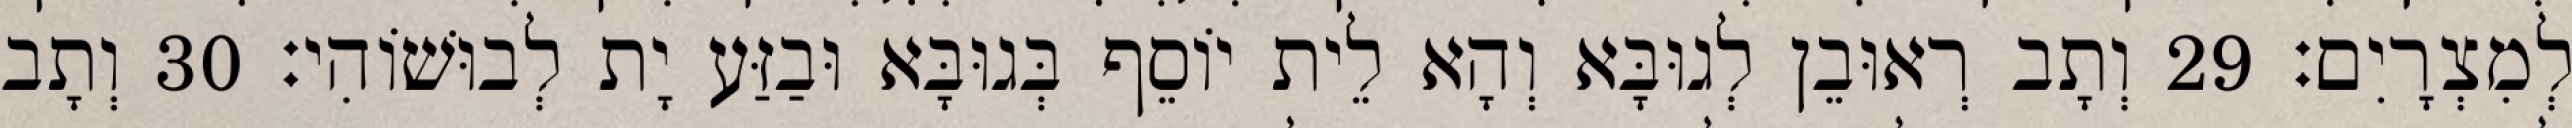
לְמִצְרָיִם׃ 29 וְתָב רְאוּבֵן לְגוּבָּא וְהָא לֵית יוֹסֵף בְּגוּבָּא וּבַזַּע יָת לְבוּשׁוֹהִי׃ 30 וְתָב